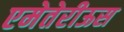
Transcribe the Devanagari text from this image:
एमेतेरीऊस